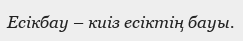
Есікбау – киіз есіктің бауы.